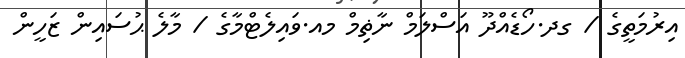
އިރުމަތީގެ / ގދ.ހޯޑެއްދޫ އަސްލަމް ނާޡިމް މއ.ވައިލެޓްމާގެ / މާލެ ޙުސައިން ޒަހީން